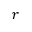
r